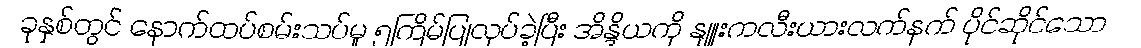
ခုနှစ်တွင် နောက်ထပ်စမ်းသပ်မှု ၅ကြိမ်ပြုလုပ်ခဲ့ပြီး အိန္ဒိယကို နျူးကလီးယားလက်နက် ပိုင်ဆိုင်သော